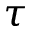
\tau